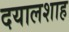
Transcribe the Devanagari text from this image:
दयालशाह